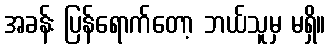
အခန်း ပြန်ရောက်တော့ ဘယ်သူမှ မရှိ။